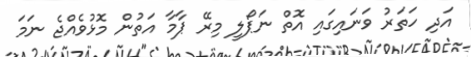
އަދި ހަތަރު ވަނައިގައި އޮތް ނަޕޯލީ މިރޭ ޕާމާ އަތުން މޮޅުވެއްޖެ ނަމަ